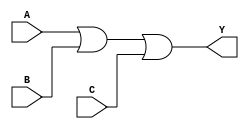
module OR_gate (
    input wire A,
    input wire B,
    input wire C,
    output reg Y
);

always @(*) begin
    Y = A | B | C;
end

endmodule